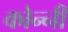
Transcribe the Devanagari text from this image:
कोन्नी